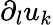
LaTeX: \partial_{l}u_{k}